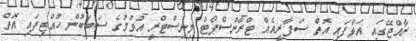
ރާއްޖޭގައި އަޅާފައި އޮތް ސަފާރީއެއް ޓްރާންސްޕޯޓް މިނިސްޓްރީ އުވުމުގެ ސަބަބުން ހުއްޓިފައި އޮތް